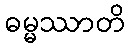
ဓမ္မဿာတိ